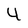
Character: 4